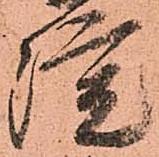
院